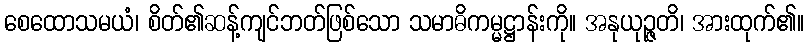
စေထောသမယံ၊ စိတ်၏ဆန့်ကျင်ဘတ်ဖြစ်သော သမာဓိကမ္မဋ္ဌာန်းကို။ အနုယုဉ္ဇတိ၊ အားထုက်၏။